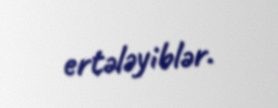
ertələyiblər.